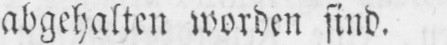
abgehalten worden sind.